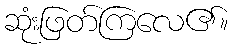
ဆုံးဖြတ်ကြလေ၏။